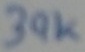
Text: 39K